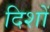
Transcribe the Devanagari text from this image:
दिशों